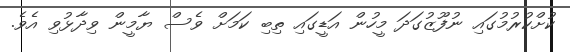
ކުށްކުރުމުގައި ނުފޫޒުގަދަ މީހުން އަޑީގައި ތިބި ކަމަށް ވެސް ޔާމީން ވިދާޅުވި އެވެ.